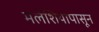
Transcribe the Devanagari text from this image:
मलेशियापासून